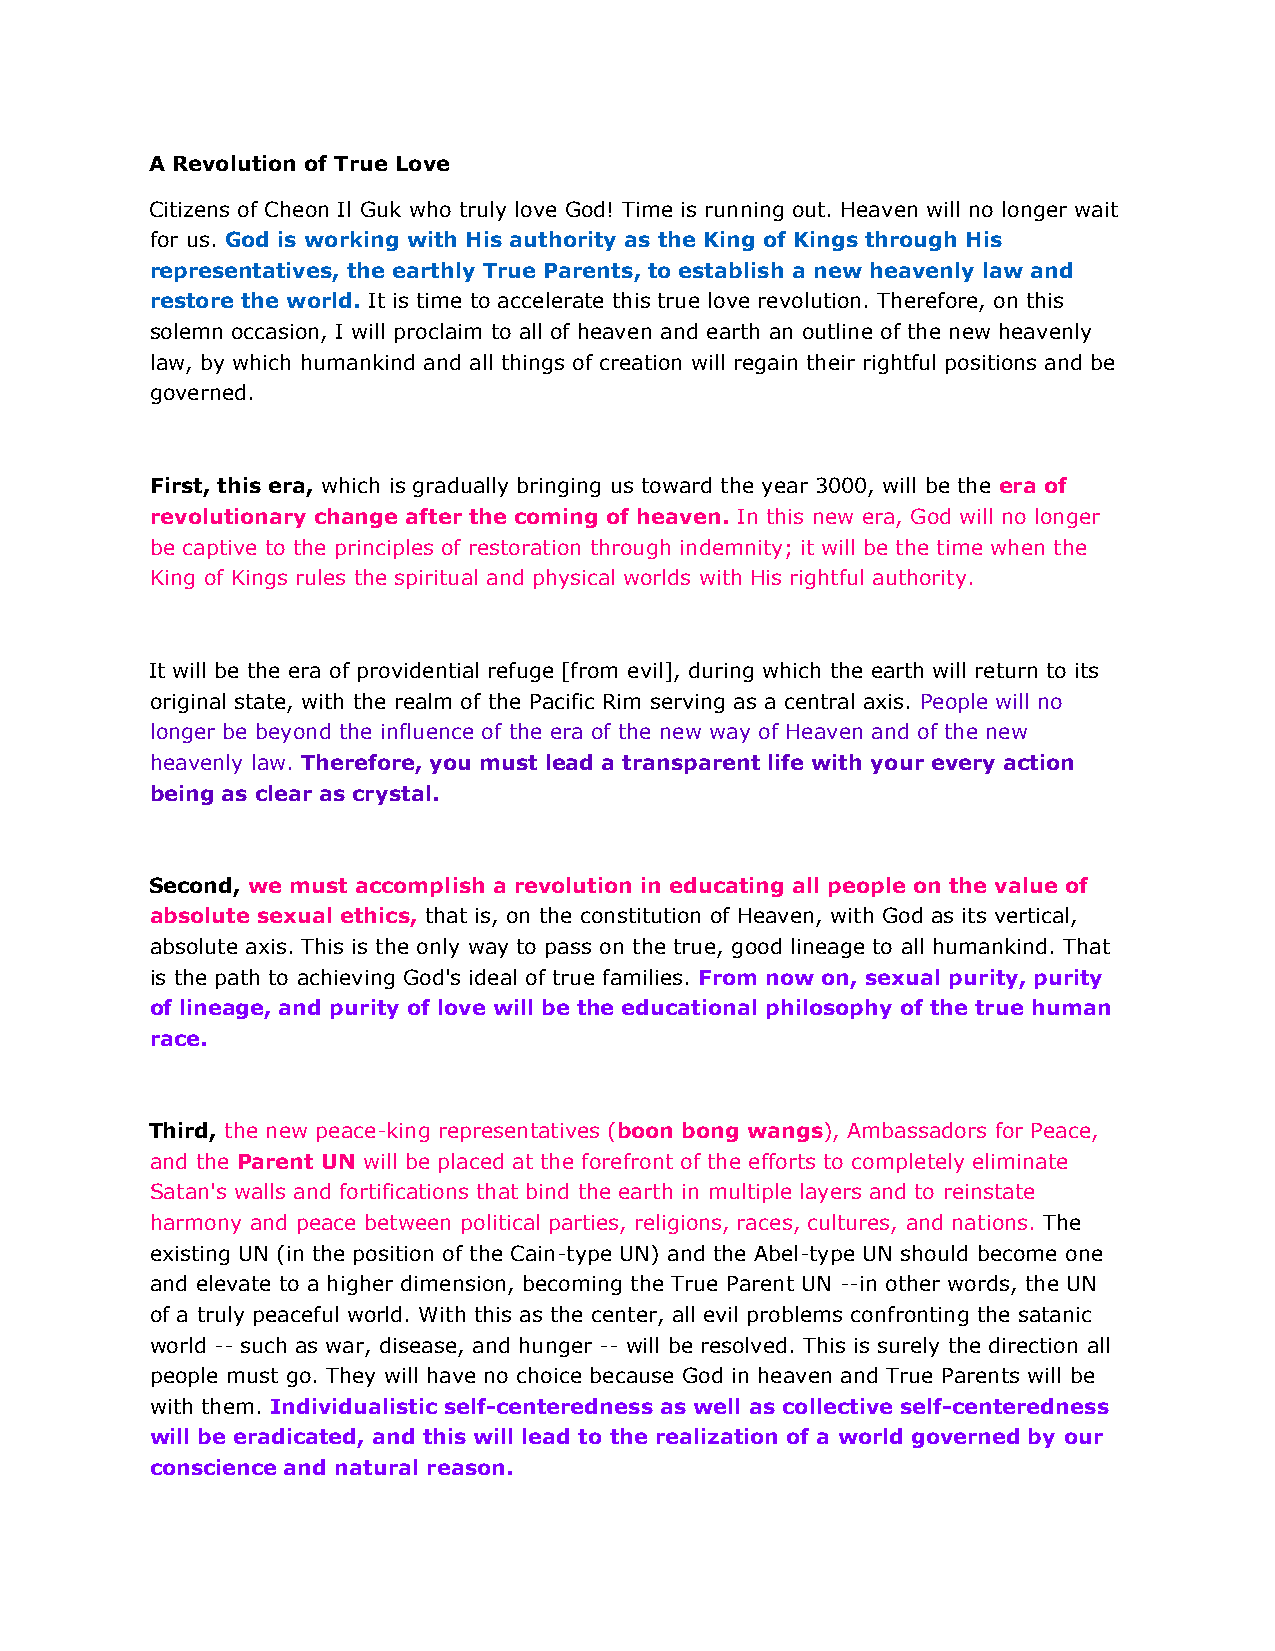
A Revolution of True Love
 Citizens of Cheon Il Guk who truly love God! Time is running out. Heaven will no longer wait
 for us. God is working with His authority as the King of Kings through His
 representatives, the earthly True Parents, to establish a new heavenly law and
 restore the world. It is time to accelerate this true love revolution. Therefore, on this
 solemn occasion, I will proclaim to all of heaven and earth an outline of the new heavenly
 law, by which humankind and all things of creation will regain their rightful positions and be
 governed.
 First, this era, which is gradually bringing us toward the year 3000, will be the era of
 revolutionary change after the coming of heaven. In this new era, God will no longer
 be captive to the principles of restoration through indemnity; it will be the time when the
 King of Kings rules the spiritual and physical worlds with His rightful authority.
 It will be the era of providential refuge [from evil], during which the earth will return to its
 original state, with the realm of the Pacific Rim serving as a central axis. People will no
 longer be beyond the influence of the era of the new way of Heaven and of the new
 heavenly law. Therefore, you must lead a transparent life with your every action
 being as clear as crystal.
 Second, we must accomplish a revolution in educating all people on the value of
 absolute sexual ethics, that is, on the constitution of Heaven, with God as its vertical,
 absolute axis. This is the only way to pass on the true, good lineage to all humankind. That
 is the path to achieving God's ideal of true families. From now on, sexual purity, purity
 of lineage, and purity of love will be the educational philosophy of the true human
 race.
 Third, the new peace-king representatives (boon bong wangs), Ambassadors for Peace,
 and the Parent UN will be placed at the forefront of the efforts to completely eliminate
 Satan's walls and fortifications that bind the earth in multiple layers and to reinstate
 harmony and peace between political parties, religions, races, cultures, and nations. The
 existing UN (in the position of the Cain-type UN) and the Abel-type UN should become one
 and elevate to a higher dimension, becoming the True Parent UN --in other words, the UN
 of a truly peaceful world. With this as the center, all evil problems confronting the satanic
 world -- such as war, disease, and hunger -- will be resolved. This is surely the direction all
 people must go. They will have no choice because God in heaven and True Parents will be
 with them. Individualistic self-centeredness as well as collective self-centeredness
 will be eradicated, and this will lead to the realization of a world governed by our
 conscience and natural reason.